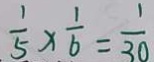
\frac { 1 } { 5 } \times \frac { 1 } { 6 } = \frac { 1 } { 3 0 }